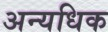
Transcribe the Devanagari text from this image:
अन्यधिक